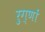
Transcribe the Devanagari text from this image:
रुग्णों